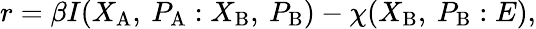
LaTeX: \begin{array}{r}{r=\beta I(X_{\mathrm{A}},\: P_{\mathrm{A}}:X_{\mathrm{B}},\: P_{\mathrm{B}})-\chi(X_{\mathrm{B}},\: P_{\mathrm{B}}:E),}\end{array}